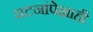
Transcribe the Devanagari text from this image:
घटनांपेक्षाही